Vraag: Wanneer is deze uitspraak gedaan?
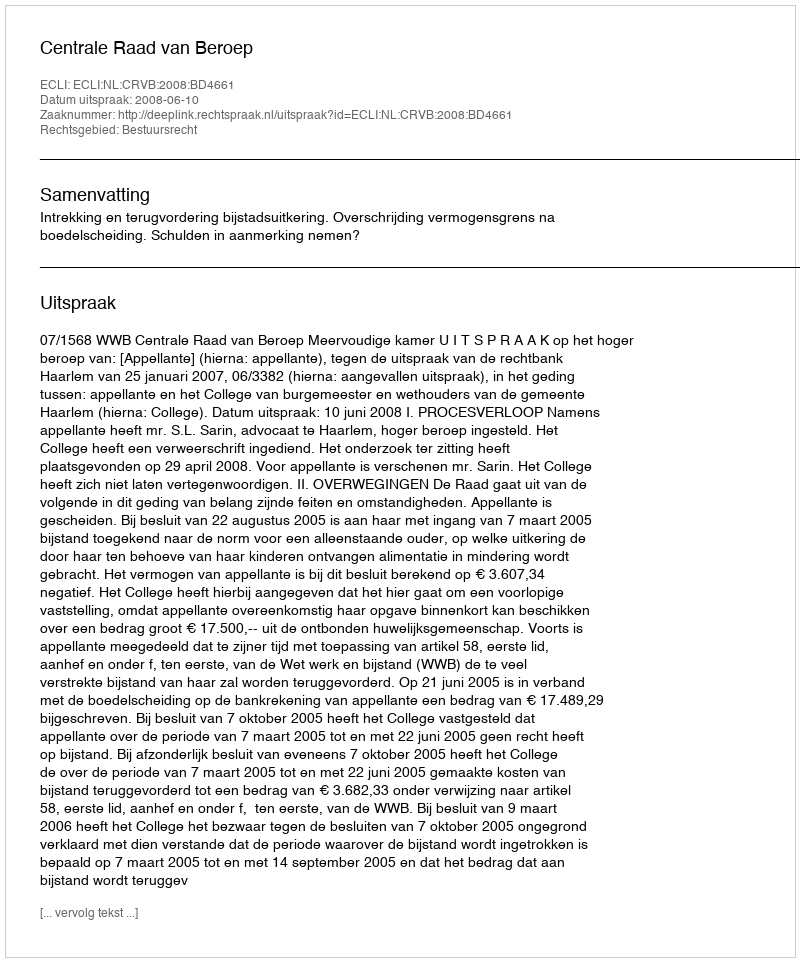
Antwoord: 2008-06-10